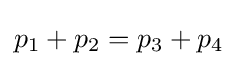
p_{1}+p_{2}=p_{3}+p_{4}